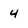
Character: 4